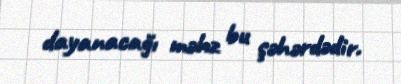
dayanacağı məhz bu şəhərdədir.